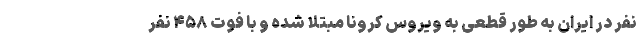
نفر در ایران به طور قطعی به ویروس کرونا مبتلا شده و با فوت ۴۵۸ نفر